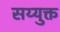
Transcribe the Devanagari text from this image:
सय्युक्त